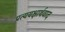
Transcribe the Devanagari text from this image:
प्रत्ययक्षार्थवाद